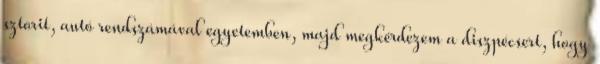
sztorit, autó rendszámával egyetemben, majd megkérdezem a diszpécsert, hogy